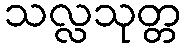
သလ္လသုတ္တ